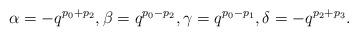
LaTeX: \begin{align*}\alpha=-q^{p_0+p_2},\beta=q^{p_0-p_2},\gamma=q^{p_0-p_1},\delta=-q^{p_2+p_3}. \end{align*}